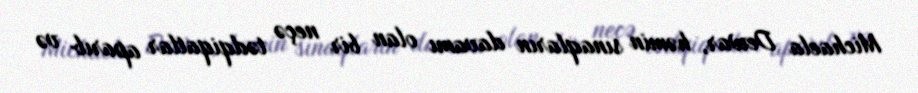
Michaela Dewar, həmin sınaqların davamı olan bir neçə tədqiqatlar aparıb və